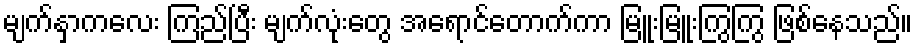
မျက်နှာကလေး ကြည်ပြီး မျက်လုံးတွေ အရောင်တောက်ကာ မြူးမြူးကြွကြွ ဖြစ်နေသည်။